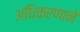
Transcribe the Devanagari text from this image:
अधिकरणाने